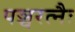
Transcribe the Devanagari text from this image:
पञ्चरत्नैः